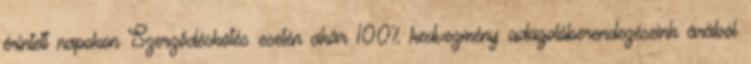
érintett napokon Szerződéskötés esetén akár 100% kedvezmény adagolóberendezéseink árából